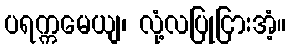
ပရက္ကမေယျ၊ လုံ့လပြုငြားအံ့။